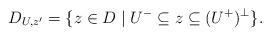
LaTeX: \begin{align*} D_{U,z'}=\{z\in D\mid U^{-}\subseteq z \subseteq (U^{+})^\bot\}.\end{align*}